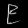
Digit: ၉